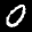
Label: 0